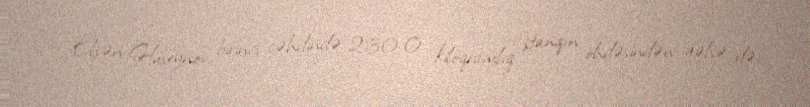
Elşən Hüseynov birinci cəhdində 230.0 kiloqramlıq ştanqın öhdəsindən gəlsə də,